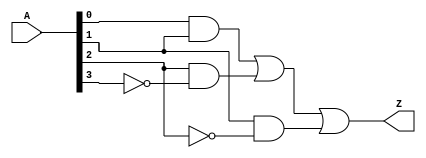
module HybridMinimization (
    input wire [3:0] A,    // 4-bit input (e.g., 4 input variables)
    output wire Z          // single output
);

// Intermediate nets (can be used for internal logic)
wire A0, A1, A2, A3;
wire w1, w2, w3;

// Example minimized logical expression based on a hypothetical truth table.
// This part should ideally be replaced with results from K-map and Quine-McCluskey optimization.

assign A0 = A[0]; // First input
assign A1 = A[1]; // Second input
assign A2 = A[2]; // Third input
assign A3 = A[3]; // Fourth input

// Logic implementation based on a pseudo-minimized expression
// Z = A0 & A1 | A2 & ~A3 | A1 & ~A2   // Example expression
assign w1 = A0 & A1;                  // Implement AND operation
assign w2 = A2 & ~A3;                 // Implement AND with NOT operation
assign w3 = A1 & ~A2;                 // Another AND with NOT operation

assign Z = w1 | w2 | w3;               // Combine results with OR operation

endmodule